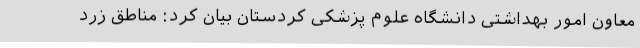
معاون امور بهداشتی دانشگاه علوم پزشکی کردستان بیان کرد: مناطق زرد